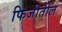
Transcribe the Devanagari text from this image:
फिजीतील